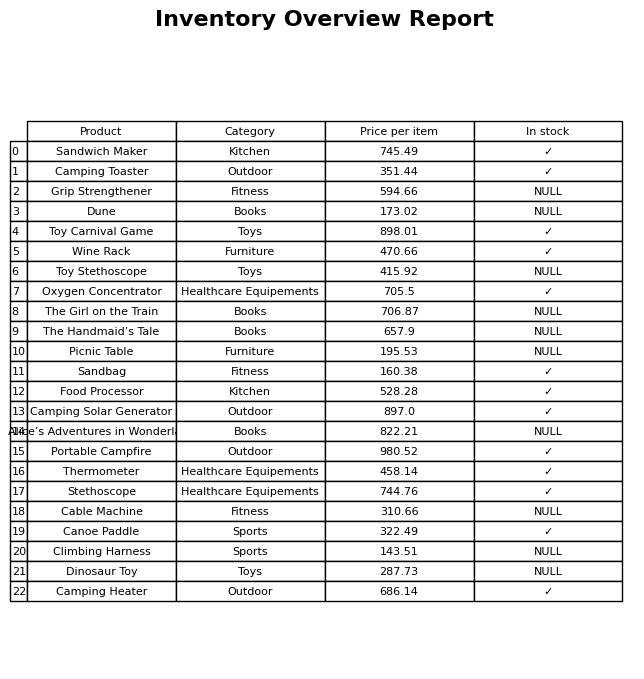
question: What is the price of the Food Processor?
answer: The price of Food Processor is 528.28.